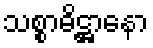
သစ္စာဓိဋ္ဌာနော